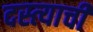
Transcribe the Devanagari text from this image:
दस्त्याची